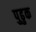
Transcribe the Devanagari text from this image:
पुढुक